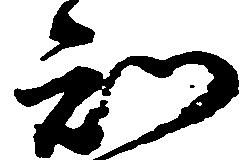
知